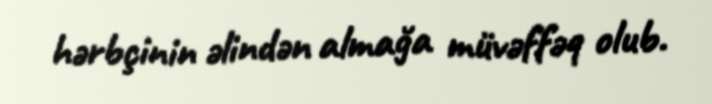
hərbçinin əlindən almağa müvəffəq olub.